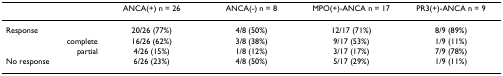
<table><thead><tr><td></td><td><b>ANCA(+) n = 26</b></td><td><b>ANCA(-) n = 8</b></td><td><b>MPO(+)-ANCA n = 17</b></td><td><b>PR3(+)-ANCA n = 9</b></td></tr></thead><tbody><tr><td>Response</td><td>20/26 (77%)</td><td>4/8 (50%)</td><td>12/17 (71%)</td><td>8/9 (89%)</td></tr><tr><td>complete</td><td>16/26 (62%)</td><td>3/8 (38%)</td><td>9/17 (53%)</td><td>1/9 (11%)</td></tr><tr><td>partial</td><td>4/26 (15%)</td><td>1/8 (12%)</td><td>3/17 (17%)</td><td>7/9 (78%)</td></tr><tr><td>No response</td><td>6/26 (23%)</td><td>4/8 (50%)</td><td>5/17 (29%)</td><td>1/9 (11%)</td></tr></tbody></table>